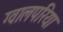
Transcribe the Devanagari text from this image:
ग्वालपरिया